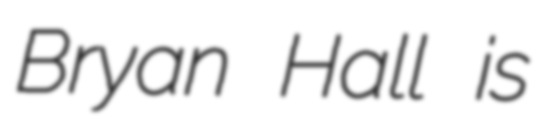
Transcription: Bryan Hall is